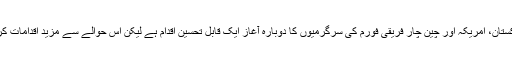
اس حوالے سے افغانستان، پاکستان، امریکہ اور چین چار فریقی فورم کی سرگرمیوں کا دوبارہ آغاز ایک قابلِ تحسین اقدام ہے لیکن اس حوالے سے مزید اقدامات کرنے کی سخت ضرورت ہے۔